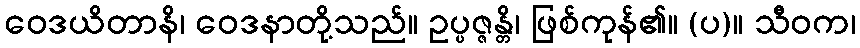
ဝေဒယိတာနိ၊ ဝေဒနာတို့သည်။ ဥပ္ပဇ္ဇန္တိ၊ ဖြစ်ကုန်၏။ (ပ)။ သီဝက၊